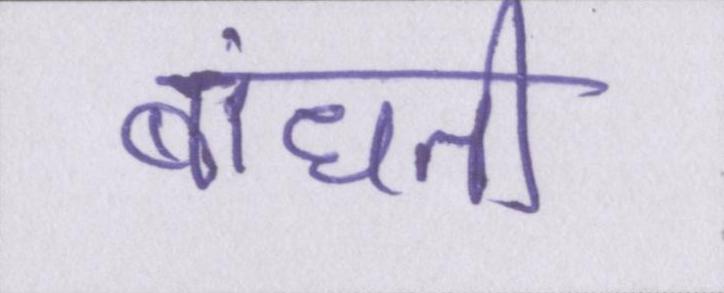
बांधती